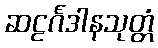
ဆဠင်္ဂဒါနသုတ္တံ